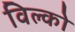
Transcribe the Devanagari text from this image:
विल्को